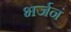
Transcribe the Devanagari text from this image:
भर्जनं